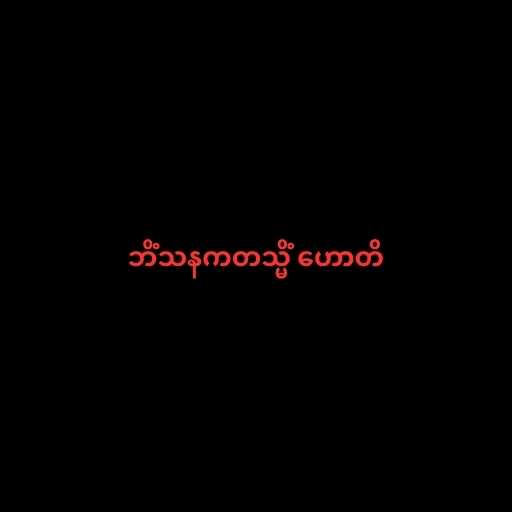
ဘိံသနကတသ္မိံ ဟောတိ